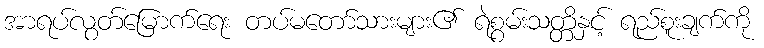
အာရပ်လွတ်မြောက်ရေး တပ်မတော်သားများ၏ ရဲစွမ်းသတ္တိနှင့် ရည်စူးချက်ကို